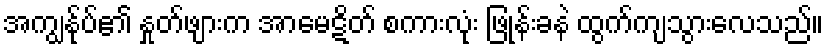
အကျွန်ုပ်၏ နှုတ်ဖျားက အာမေဋိတ် စကားလုံး ဖြုန်းခနဲ ထွက်ကျသွားလေသည်။